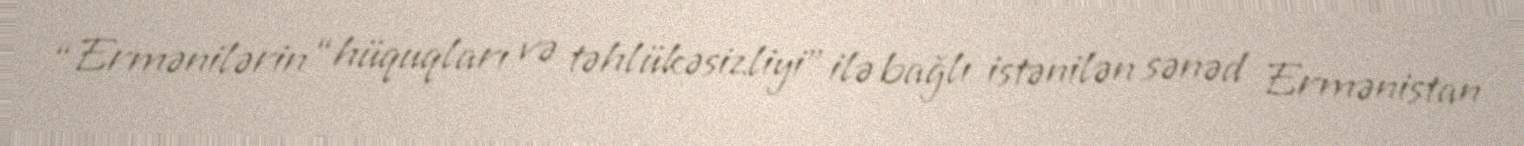
“Ermənilərin “hüquqları və təhlükəsizliyi” ilə bağlı istənilən sənəd Ermənistan